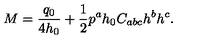
M = { \frac { q _ { 0 } } { 4 h _ { 0 } } } + { \frac { 1 } { 2 } } p ^ { a } h _ { 0 } C _ { a b c } h ^ { b } h ^ { c } .